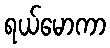
ရယ်မောကာ